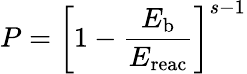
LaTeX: P=\left[1-\frac{E_{\mathrm{{b}}}}{E_{\mathrm{{reac}}}}\right]^{s-1}